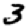
Digit: 3